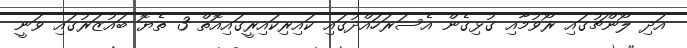
އަދި ލޯންޗުގައި ރޯވުމާއި ގުޅިގެން އެސަރަހައްދުގައި ކައިރިކައިރީގައިއޮތް 3 ތެޔޮ ބައުޒަރުގައި ވަނީ